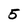
Character: 5